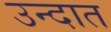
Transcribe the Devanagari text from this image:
उन्दात